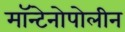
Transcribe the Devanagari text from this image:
मॉन्टेनोपोलीन